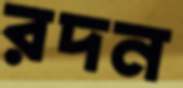
রদন